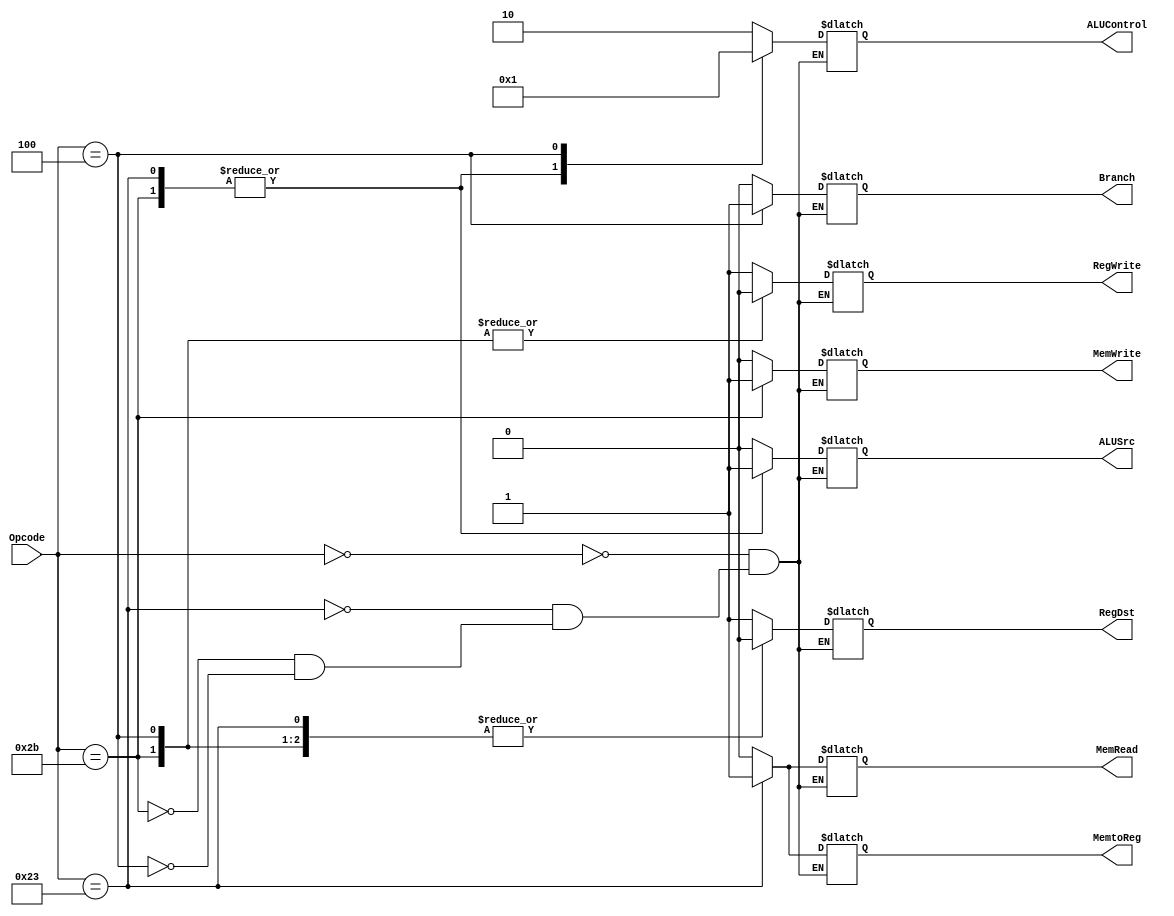
 module ControlUnit(
	input [5:0] Opcode,
	
	output reg RegDst, RegWrite, ALUSrc,
	output reg MemtoReg, MemRead, MemWrite,
	output reg Branch,
	output reg [1:0] ALUControl);
	
	always @(*) begin
		case(Opcode)
			0: begin
				RegDst 		<= 1;
				ALUSrc 		<= 0;
				MemtoReg		<= 0;
				RegWrite		<= 1;
				MemRead		<= 0;
				MemWrite		<= 0;
				Branch		<= 0;
				ALUControl			<= 2'b10;;
			end
			35: begin
				RegDst 		<= 0;
				ALUSrc 		<= 1;
				MemtoReg		<= 1;
				RegWrite		<= 1;
				MemRead		<= 1;
				MemWrite		<= 0;
				Branch		<= 0;
				ALUControl			<= 2'b00;;
			end
			43: begin
				RegDst 		<= 0;
				ALUSrc 		<= 1;
				MemtoReg		<= 0;
				RegWrite		<= 0;
				MemRead		<= 0;
				MemWrite		<= 1;
				Branch		<= 0;
				ALUControl			<= 2'b00;
			end
			4: begin
				RegDst 		<= 0;
				ALUSrc 		<= 0;
				MemtoReg		<= 0;
				RegWrite		<= 0;
				MemRead		<= 0;
				MemWrite		<= 0;
				Branch		<= 1;
				ALUControl			<= 2'b01;
			end
		endcase
	end
endmodule